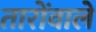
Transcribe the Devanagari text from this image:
तारोंवाले